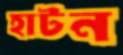
হাটন